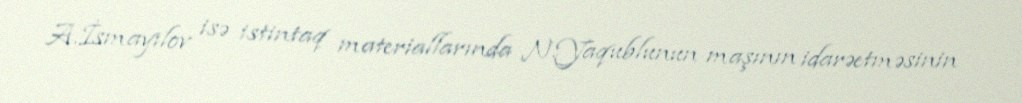
A.İsmayılov isə istintaq materiallarında N.Yaqublunun maşının idarəetməsinin